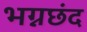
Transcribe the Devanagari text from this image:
भग्नछंद